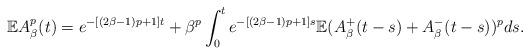
LaTeX: \begin{align*}{\mathbb E}A_\beta^p(t) = e^{-[(2\beta-1)p+1]t}+\beta^p\int_0^te^{-[(2\beta-1)p+1]s}{\mathbb E}(A_\beta^+(t-s)+A_\beta^-(t-s))^p ds.\end{align*}